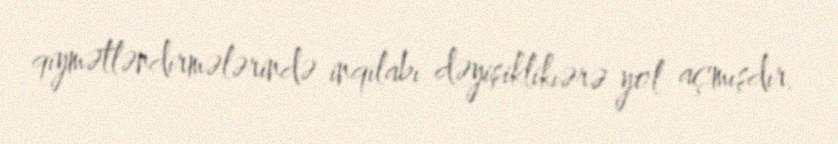
qiymətləndirmələrində inqilabı dəyişiklikıərə yol açmışdır.